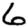
Digit: 6